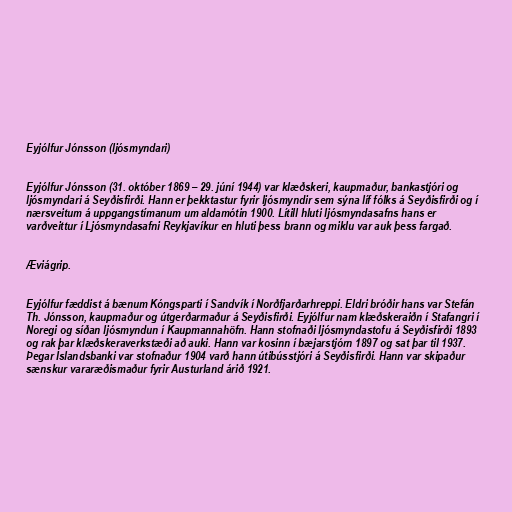
Eyjólfur Jónsson (ljósmyndari)

Eyjólfur Jónsson (31. október 1869 – 29. júní 1944) var klæðskeri, kaupmaður, bankastjóri og
ljósmyndari á Seyðisfirði. Hann er þekktastur fyrir ljósmyndir sem sýna líf fólks á Seyðisfirði og í
nærsveitum á uppgangstímanum um aldamótin 1900. Lítill hluti ljósmyndasafns hans er
varðveittur í Ljósmyndasafni Reykjavíkur en hluti þess brann og miklu var auk þess fargað.

Æviágrip.

Eyjólfur fæddist á bænum Kóngsparti í Sandvík í Norðfjarðarhreppi. Eldri bróðir hans var Stefán
Th. Jónsson, kaupmaður og útgerðarmaður á Seyðisfirði. Eyjólfur nam klæðskeraiðn í Stafangri í
Noregi og síðan ljósmyndun í Kaupmannahöfn. Hann stofnaði ljósmyndastofu á Seyðisfirði 1893
og rak þar klæðskeraverkstæði að auki. Hann var kosinn í bæjarstjórn 1897 og sat þar til 1937.
Þegar Íslandsbanki var stofnaður 1904 varð hann útibússtjóri á Seyðisfirði. Hann var skipaður
sænskur vararæðismaður fyrir Austurland árið 1921.